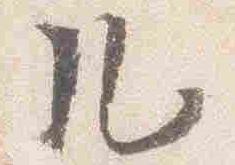
几